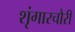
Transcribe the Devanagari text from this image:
शृंगारचौरी